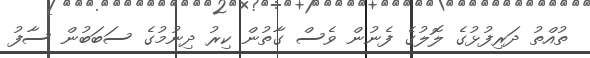
ތުއްތު ދަރިފުޅުގެ ލޮލުގެ ފެނުން ވެސް ގާތުން ކިރު ދިނުމުގެ ސަބަބުން ސާފު